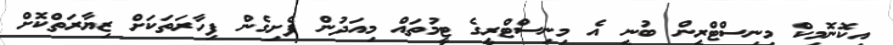
އިކޮނޮމިކް މިނިސްޓްރީން ބުނީ އެ މިނިސްޓްރީގެ ޓީމުތައް މިއަދުން ފެށިގެން ފިހާރަތަކަށް ޒިޔާރަތްކޮށް